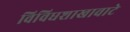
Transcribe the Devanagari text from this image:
विविधशाखावाटे